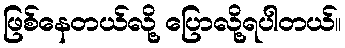
ဖြစ်နေတယ်လို့ ပြောလို့ရပါတယ်။